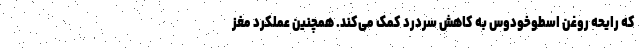
که رایحه روغن اسطوخودوس به کاهش سردرد کمک می‌کند. همچنین عملکرد مغز